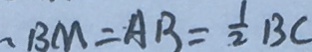
. B M = A B = \frac { 1 } { 2 } B C